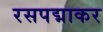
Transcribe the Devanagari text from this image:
रसपद्माकर